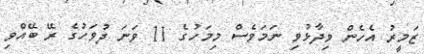
ޒަމީރު އެހެން ވިދާޅުވި ނަމަވެސް މިމަހުގެ 11 ވަނަ ދުވަހުގެ ރޭ ބޭއްވި